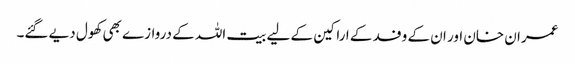
عمران خان اور ان کے وفد کے اراکین کے لیے بیت اللہ کے دروازے بھی کھول دیے گئے۔